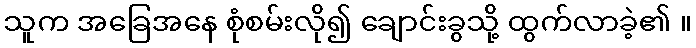
သူက အခြေအနေ စုံစမ်းလို၍ ချောင်းခွသို့ ထွက်လာခဲ့၏ ။